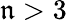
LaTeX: \mathfrak{n}>3